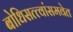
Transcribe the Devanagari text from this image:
बोधिसत्त्वांसमवेत